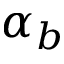
\alpha _ { b }